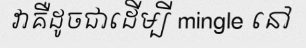
វាគឺដូចជាដើម្បី mingle នៅ